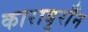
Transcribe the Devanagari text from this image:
काराबुराँन